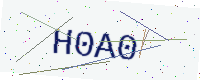
Text: H0A0